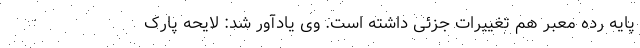
پایه رده معبر هم تغییرات جزئی داشته است. وی یادآور شد: لایحه پارک